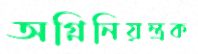
অগ্নিনিয়ন্ত্রক